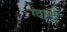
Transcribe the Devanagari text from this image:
ग्वासी